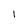
Character: l